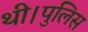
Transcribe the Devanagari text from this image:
थी।पुलिस